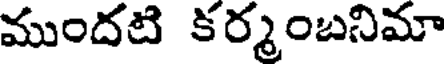
ముందటి కర్మంబనిమా